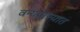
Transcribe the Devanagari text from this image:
वन्यप्राण्यात